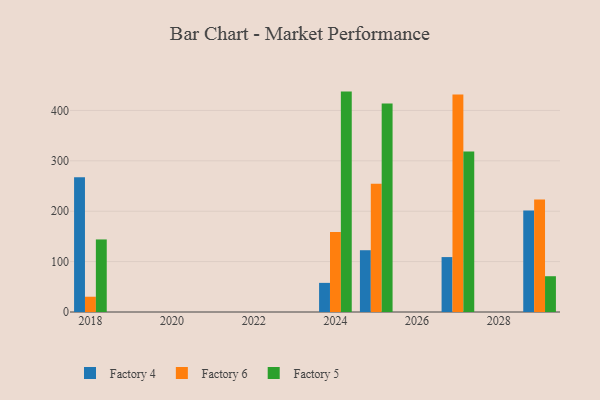
{"axis": {"x": "Year", "y": "Budget (USD K)"}, "legend": ["Factory 4", "Factory 5", "Factory 6"], "data": [{"x": "2024", "y": 57.8, "type": "Factory 4"}, {"x": "2024", "y": 158.8, "type": "Factory 6"}, {"x": "2024", "y": 437.4, "type": "Factory 5"}, {"x": "2025", "y": 122.6, "type": "Factory 4"}, {"x": "2025", "y": 254.4, "type": "Factory 6"}, {"x": "2025", "y": 413.7, "type": "Factory 5"}, {"x": "2018", "y": 267.2, "type": "Factory 4"}, {"x": "2018", "y": 30.3, "type": "Factory 6"}, {"x": "2018", "y": 144.0, "type": "Factory 5"}, {"x": "2029", "y": 201.5, "type": "Factory 4"}, {"x": "2029", "y": 223.4, "type": "Factory 6"}, {"x": "2029", "y": 71.0, "type": "Factory 5"}, {"x": "2027", "y": 109.0, "type": "Factory 4"}, {"x": "2027", "y": 431.7, "type": "Factory 6"}, {"x": "2027", "y": 318.6, "type": "Factory 5"}]}